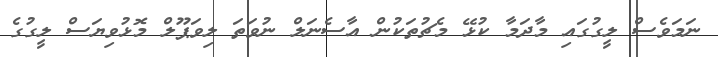
ނަމަވެސް ލީގުގައި މާދަމާ ކުޅޭ މެޗުތަކުން އާސެނަލް ނުވަތަ ލިވަޕޫލް މޮޅުވިޔަސް ލީގުގެ